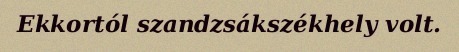
Ekkortól szandzsákszékhely volt.